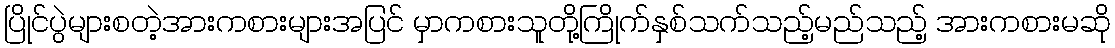
ပြိုင်ပွဲများစတဲ့အားကစားများအပြင် မှာကစားသူတို့ကြိုက်နှစ်သက်သည့်မည်သည့် အားကစားမဆို